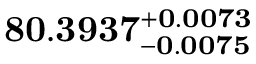
\mathbf { 8 0 . 3 9 3 7 _ { - 0 . 0 0 7 5 } ^ { + 0 . 0 0 7 3 } }